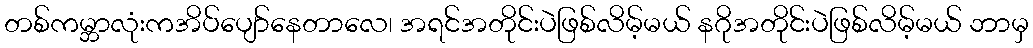
တစ်ကမ္ဘာလုံးကအိပ်ပျော်နေတာလေ၊ အရင်အတိုင်းပဲဖြစ်လိမ့်မယ် နဂိုအတိုင်းပဲဖြစ်လိမ့်မယ် ဘာမှ